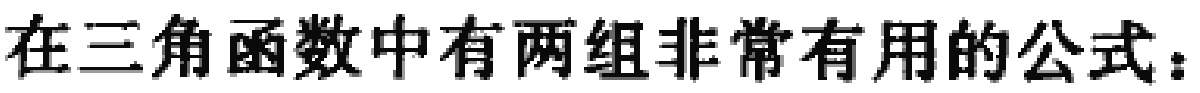
在三角函数中有两组非常有用的公式：